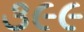
૩૯૯